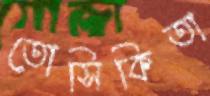
তোসিকিতা